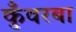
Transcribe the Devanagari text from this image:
कुँवरबा